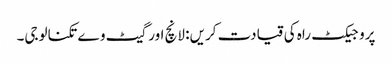
پروجیکٹ راہ کی قیادت کریں: لانچ اور گیٹ وے تکنالوجی۔